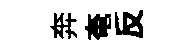
奔奄反